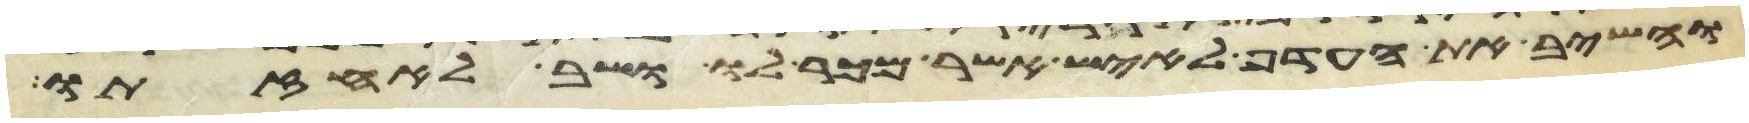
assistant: והשיב את העדף לאיש אשר מכר לו ושב לאחזתו